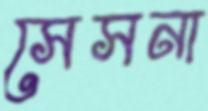
সেসনা